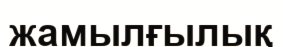
жамылғылық